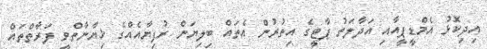
އިދިކޮޅު އެމްޑީޕީއާއި އަދާލަތު ޕާޓީގެ އިތުރުން އެތައް ބިލިޔަން ރުފިޔާއެއްގެ ޚިޔާނާތްވީ ފަރާތްތައް